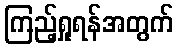
ကြည့်ရှုရန်အတွက်